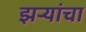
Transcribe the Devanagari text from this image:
झर्‍यांचा